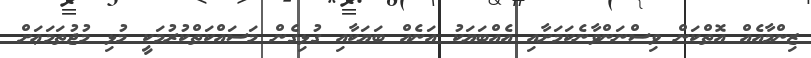
ޒިންމާއެއް އޮތްކަން ވިސްނަންވާނެކަމަށާއި އެއްބަޔަކު އަނެއް ބަޔަކާއި ގުޅިގެން މަސައްކަތްކުރުމަކީ މުޅި މުޖުތަމަޢަށް